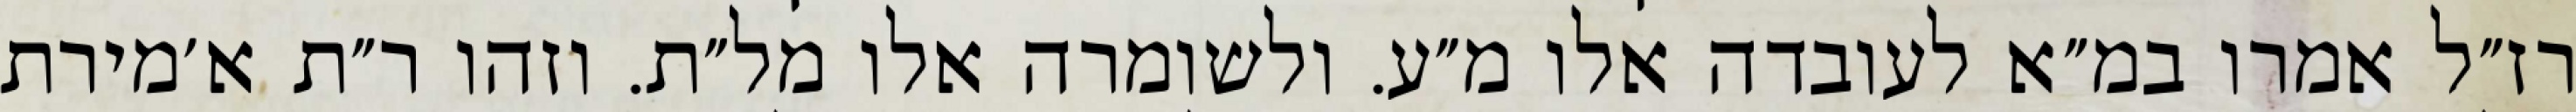
רז״ל אמרו במ״א לעובדה אלו מ״ע. ולשומרה אלו מל״ת. וזהו ר״ת א׳מירת